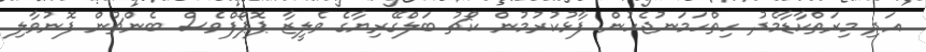
އަދި މިރަތްކާޑާމެދު ހިތްހަމަނުޖެހުން ފާޅުކުރުމުން ކޯޗު ބަލްގޭރިޔާގެ ވެލީޒާ ޕޮޕޯފްވެސް ބެންޗުން ފޮނުވާލި